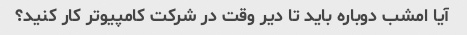
آیا امشب دوباره باید تا دیر وقت در شرکت کامپیوتر کار کنید؟